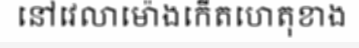
នៅវេលាម៉ោងកើតហេតុខាង